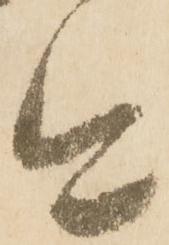
今